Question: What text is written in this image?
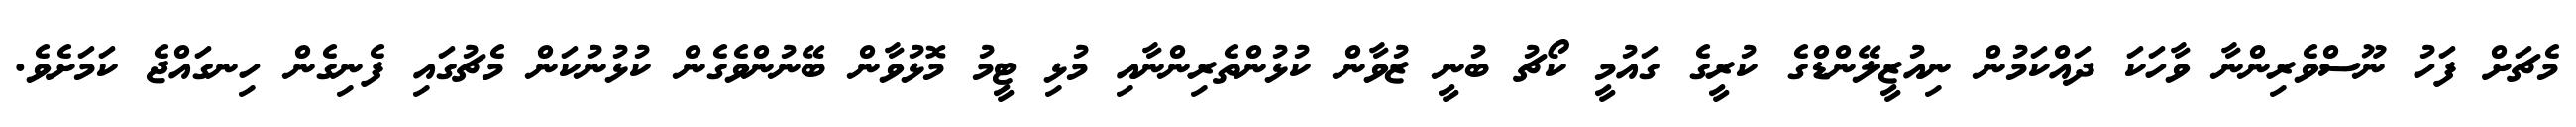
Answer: މެޗަށް ފަހު ނޫސްވެރިންނާ ވާހަކަ ދައްކަމުން ނިއުޒީލޭންޑްގެ ކުރީގެ ގައުމީ ކޯޗު ބުނީ ޒުވާން ކުޅުންތެރިންނާއި މުޅި ޓީމު މޮޅުވާން ބޭނުންވެގެން ކުޅުނުކަން މެޗުގައި ފެނިގެން ހިނގައްޖެ ކަމަށެވެ.